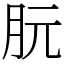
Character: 朊